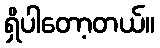
ရှိပါတော့တယ်။